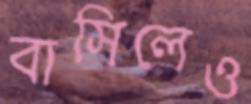
বাসিলেও